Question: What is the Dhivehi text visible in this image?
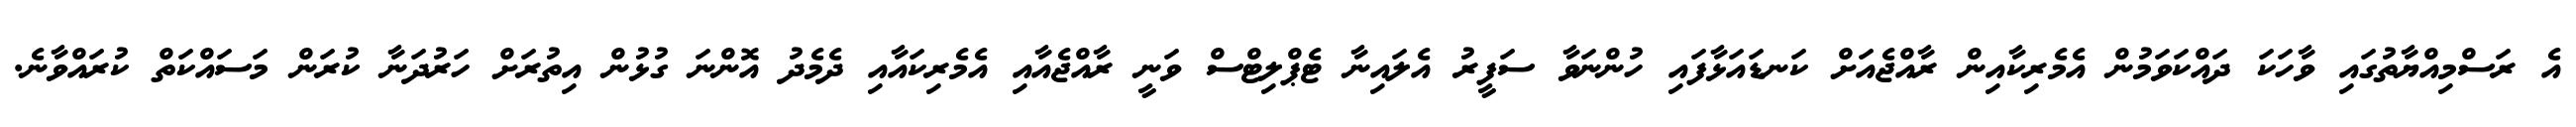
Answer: އެ ރަސްމިއްޔާތުގައި ވާހަކަ ދައްކަވަމުން އެމެރިކާއިން ރާއްޖެއަށް ކަނޑައަޅާފައި ހުންނަވާ ސަފީރު އެލައިނާ ޓެޕްލިޓްސް ވަނީ ރާއްޖެއާއި އެމެރިކައާއި ދެމެދު އޮންނަ ގުޅުން އިތުރަށް ހަރުދަނާ ކުރަން މަސައްކަތް ކުރައްވާނެ.